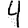
Digit: 4